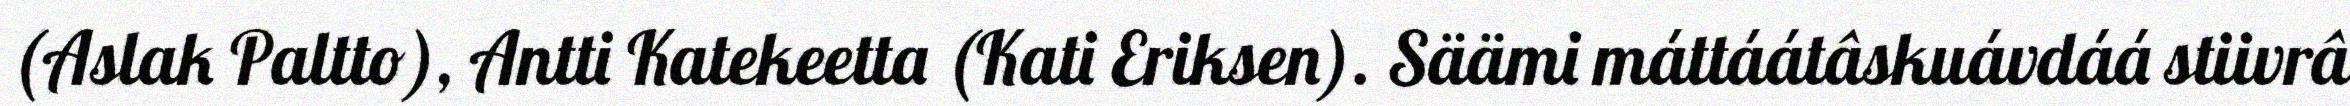
(Aslak Paltto), Antti Katekeetta (Kati Eriksen). Säämi máttáátâskuávdáá stiivrâ